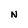
Character: N